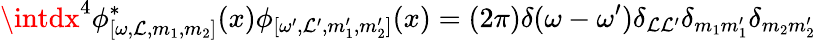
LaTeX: \intdx^{4}\phi_{[\omega,\mathcal{L},m_{1},m_{2}]}^{\ast}(x)\phi_{[\omega^{\prime},\mathcal{L}^{\prime},m_{1}^{\prime},m_{2}^{\prime}]}(x)=(2\pi)\delta(\omega-\omega^{\prime})\delta_{\mathcal{L}\mathcal{L}^{\prime}}\delta_{m_{1}m_{1}^{\prime}}\delta_{m_{2}m_{2}^{\prime}}